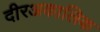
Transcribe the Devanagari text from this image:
दीरअकालिक